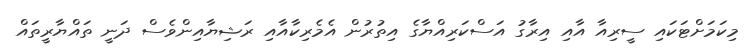
މިކަމަށްޓަކައި ސީރިއާ އާއި އިރާގު އަސްކަރިއްޔާގެ އިތުރުން އެމެރިކާއާއި ރަޝިޔާއިންވެސް ދަނީ ތައްޔާރީތައް